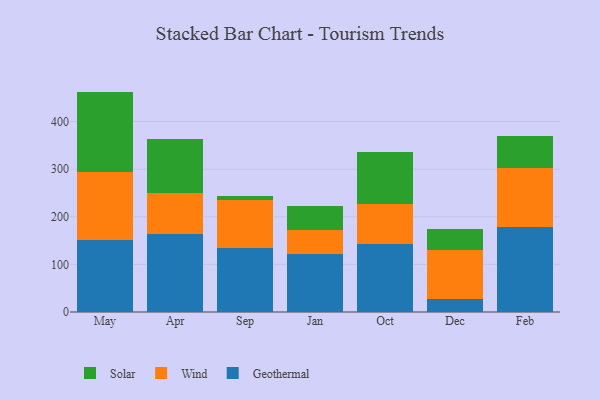
{"axis": {"x": "Month", "y": "Energy Usage (MWh)"}, "legend": ["Geothermal", "Solar", "Wind"], "data": [{"x": "May", "y": 152.0, "type": "Geothermal"}, {"x": "May", "y": 142.6, "type": "Wind"}, {"x": "May", "y": 168.4, "type": "Solar"}, {"x": "Apr", "y": 164.3, "type": "Geothermal"}, {"x": "Apr", "y": 86.4, "type": "Wind"}, {"x": "Apr", "y": 112.1, "type": "Solar"}, {"x": "Sep", "y": 134.0, "type": "Geothermal"}, {"x": "Sep", "y": 100.7, "type": "Wind"}, {"x": "Sep", "y": 9.4, "type": "Solar"}, {"x": "Jan", "y": 122.3, "type": "Geothermal"}, {"x": "Jan", "y": 50.6, "type": "Wind"}, {"x": "Jan", "y": 50.3, "type": "Solar"}, {"x": "Oct", "y": 142.1, "type": "Geothermal"}, {"x": "Oct", "y": 85.4, "type": "Wind"}, {"x": "Oct", "y": 109.6, "type": "Solar"}, {"x": "Dec", "y": 27.3, "type": "Geothermal"}, {"x": "Dec", "y": 104.0, "type": "Wind"}, {"x": "Dec", "y": 43.1, "type": "Solar"}, {"x": "Feb", "y": 179.3, "type": "Geothermal"}, {"x": "Feb", "y": 123.8, "type": "Wind"}, {"x": "Feb", "y": 67.3, "type": "Solar"}]}